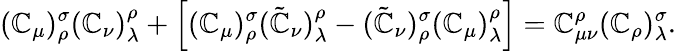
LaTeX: (\mathbb{C}_{\mu})_{\rho}^{\sigma}(\mathbb{C}_{\nu})_{\lambda}^{\rho}+\Big[(\mathbb{C}_{\mu})_{\rho}^{\sigma}(\tilde{{\mathbb{C}}}_{\nu})_{\lambda}^{\rho}-(\tilde{{\mathbb{C}}}_{\nu})_{\rho}^{\sigma}(\mathbb{C}_{\mu})_{\lambda}^{\rho}\Big]=\mathbb{C}_{\mu\nu}^{\rho}(\mathbb{C}_{\rho})_{\lambda}^{\sigma}.